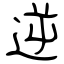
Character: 逆